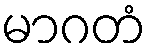
မာဂတံ